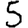
Digit: 5